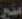
منع